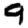
Digit: 9